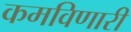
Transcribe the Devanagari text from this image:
कमविणारी